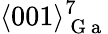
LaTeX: \langle 001\rangle_{\mathrm{~G~a~}}^{7}